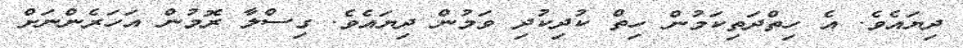
ދިޔައެވެ. އެ ހިތްދަތިކަމުން ހިތް ކުދިކުދި ވަމުން ދިޔައެވެ. ގިސްލާ ރޮމުން އަހަރެންނަށް